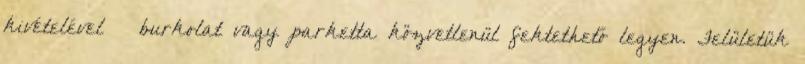
kivételével – burkolat vagy parketta közvetlenül fektethető legyen. Felületük